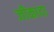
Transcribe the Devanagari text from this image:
जीकादा